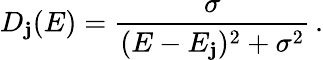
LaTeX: D_{\mathbf{j}}(E)=\frac{{\sigma}}{{(E-E_{\mathbf{j}})^{2}+\sigma^{2}}}\, .